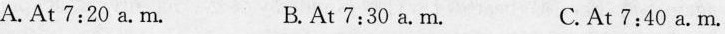
A. At 7:20 a.M. B. At 7:30 a.M. C.At 7:40 a. M.